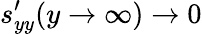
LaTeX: s_{yy}^{\prime}(y\to\infty)\to 0